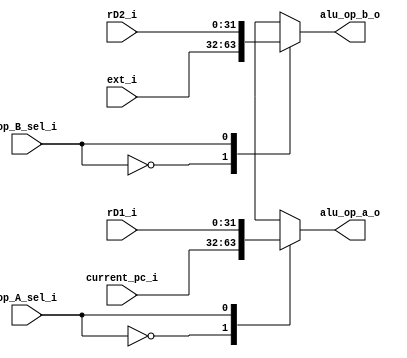
`timescale 1ns / 1ps
//////////////////////////////////////////////////////////////////////////////////
// Company: 
// Engineer: 
// 
// Design Name: 
// Module Name: aluop_selector
// Project Name: 
// Target Devices: 
// Tool Versions: 
// Description: 
// op_A_selop_B_selalu
// op_A:1'b0: pc
//      1'b1: rD1
// op_B:1'b0: imm
//      1'b1: rD2
// Dependencies: 
// 
// Revision:
// Revision 0.01 - File Created
// Additional Comments:
// 
//////////////////////////////////////////////////////////////////////////////////
module aluop_selector #(
    parameter CURRENTPC = 1'b0,
    parameter RD1       = 1'b1,
    parameter EXT       = 1'b0,
    parameter RD2       = 1'b1
)
(
    input             op_A_sel_i,
    input             op_B_sel_i,
    input      [31:0] current_pc_i,
    input      [31:0] rD1_i,
    input      [31:0] rD2_i,
    input      [31:0] ext_i,
    output reg [31:0] alu_op_a_o,
    output reg [31:0] alu_op_b_o
    );
    // alu_a
    always @(*) begin
        case(op_A_sel_i)
            CURRENTPC: alu_op_a_o = current_pc_i;
            RD1:       alu_op_a_o = rD1_i;
            default:   alu_op_a_o = 32'h0;
        endcase
    end
    // alu_b
    always @(*) begin
        case(op_B_sel_i)
            EXT: alu_op_b_o = ext_i;
            RD2: alu_op_b_o = rD2_i;
            default: alu_op_b_o = 32'h0;
        endcase
    end
endmodule